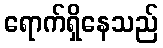
ရောက်ရှိနေသည်